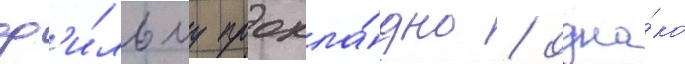
ф'и́льму прохла́дно / одна́ко